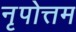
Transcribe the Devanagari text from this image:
नृपोत्तम